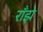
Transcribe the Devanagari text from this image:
राँझे